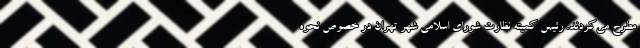
مطرح می‌کردند. رئیس کمیته نظارت شورای اسلامی شهر تهران در خصوص نحوه